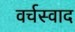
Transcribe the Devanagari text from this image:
वर्चस्वाद